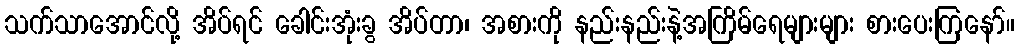
သက်သာအောင်လို့ အိပ်ရင် ခေါင်းအုံးခွ အိပ်တာ၊ အစားကို နည်းနည်းနဲ့အကြိမ်ရေများများ စားပေးကြနော်။